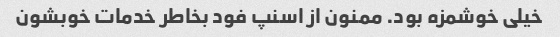
خیلی خوشمزه بود. ممنون از اسنپ فود بخاطر خدمات خوبشون